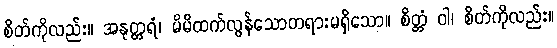
စိတ်ကိုလည်း။ အနုတ္တရံ၊ မိမိထက်လွန်သောတရားမရှိသော။ စိတ္တံ ဝါ၊ စိတ်ကိုလည်း။